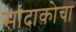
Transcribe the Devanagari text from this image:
सादाकोचा